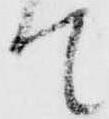
て